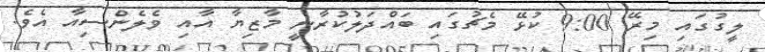
ލީގުގައި މިރޭ 9:00 ކުޅޭ މެޗުގައި ބައްދަލުކުރާނީ މާޒިޔާ އާއި ވެލެންސިއާ އެވެ.